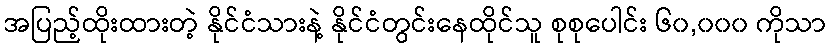
အပြည့်ထိုးထားတဲ့ နိုင်ငံသားနဲ့ နိုင်ငံတွင်းနေထိုင်သူ စုစုပေါင်း ၆၀,၀၀၀ ကိုသာ